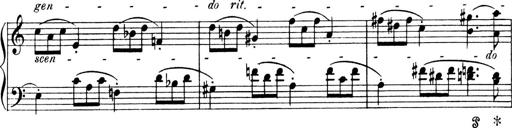
Title: 4 Sonatines
Composer: Max Reger